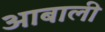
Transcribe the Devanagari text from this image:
आबाली